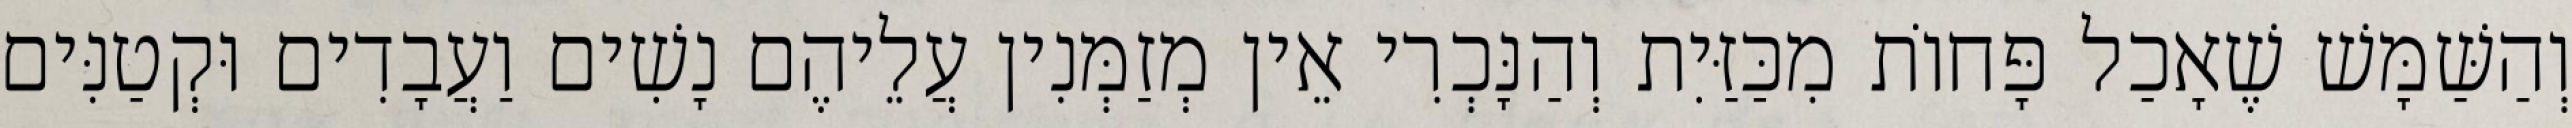
וְהַשַּׁמָּשׁ שֶׁאָכַל פָּחוֹת מִכַּזַּיִת וְהַנָּכְרִי אֵין מְזַמְּנִין עֲלֵיהֶם נָשִׁים וַעֲבָדִים וּקְטַנִּים